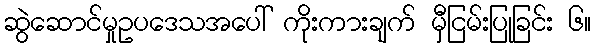
ဆွဲဆောင်မှုဥပဒေသအပေါ် ကိုးကားချက် မှီငြမ်းပြုခြင်း ၆။